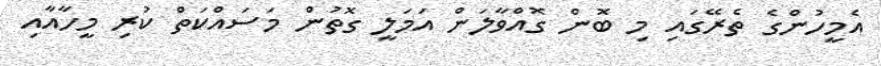
އެމީހުންގެ ތެެރޭގައި މި ބޮން ގޮއްވާލަން އަމަލީ ގޮތުން މަސައްކަތް ކުރި މީހާއާއި